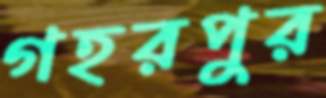
গহরপুর